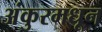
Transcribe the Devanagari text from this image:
अंकुरमधून